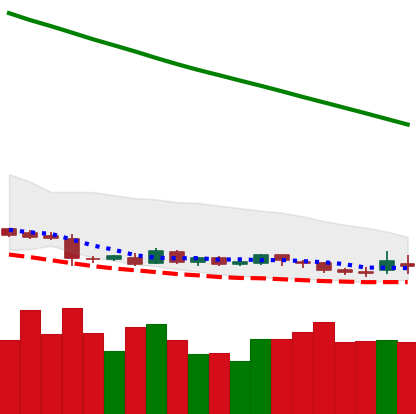
Ticker: DOGE-USD
Chart end date: 2019-01-26
Forward return: -7.585%
Label: down_7plus